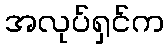
အလုပ်ရှင်က